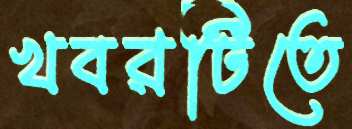
খবরটিতে